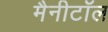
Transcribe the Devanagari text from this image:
मैनीटॉल